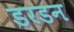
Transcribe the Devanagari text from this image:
डरडन